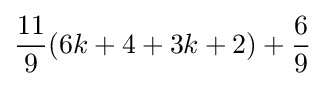
{\frac {11}{9}}(6k+4+3k+2)+{\frac {6}{9}}